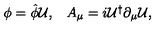
\begin{array} { c c } { \phi = \hat { \phi } { \cal U } , } & { A _ { \mu } = i { \cal U } ^ { \dagger } \partial _ { \mu } { \cal U } , } \\ \end{array}